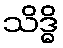
သိဒ္ဓိ